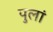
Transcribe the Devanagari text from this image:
पुलां